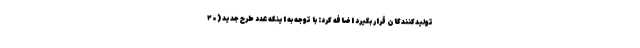
تولیدکنندگان قرار بگیرد اضافه کرد: با توجه به اینکه عدد طرح جدید (۲۰